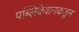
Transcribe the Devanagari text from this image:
पब्लिकेशनकडून